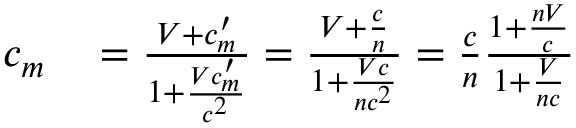
\begin{array} { r l } { c _ { m } } & { { } = { \frac { V + c _ { m } ^ { \prime } } { 1 + { \frac { V c _ { m } ^ { \prime } } { c ^ { 2 } } } } } = { \frac { V + { \frac { c } { n } } } { 1 + { \frac { V c } { n c ^ { 2 } } } } } = { \frac { c } { n } } { \frac { 1 + { \frac { n V } { c } } } { 1 + { \frac { V } { n c } } } } } \end{array}